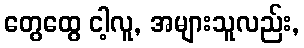
တွေထွေ ငါ့လူ, အများသူလည်း,